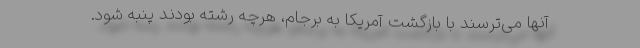
آنها می‌ترسند با بازگشت آمریکا به برجام، هرچه رشته بودند پنبه شود.